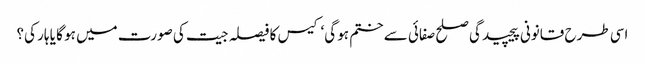
اسی طرح قانونی پیچیدگی صلح صفائی سے ختم ہو گی‘ کیس کا فیصلہ جیت کی صورت میں ہو گا یا ہار کی؟